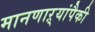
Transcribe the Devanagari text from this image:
मानणाऱ्यांपैकी